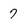
Character: 7